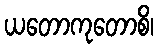
ယတောကုတောစိ၊